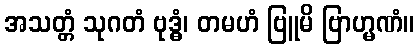
အသတ္တံ သုဂတံ ဗုဒ္ဓံ၊ တမဟံ ဗြူမိ ဗြာဟ္မဏံ။